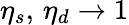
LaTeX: \eta_{s},\, \eta_{d}\rightarrow 1